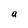
Character: a